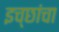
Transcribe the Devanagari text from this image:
इच्छांचा